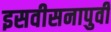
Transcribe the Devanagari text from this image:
इसवीसनापुर्वी